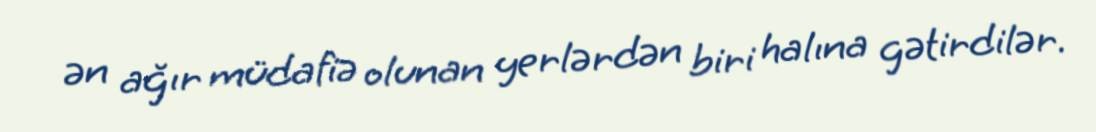
ən ağır müdafiə olunan yerlərdən biri halına gətirdilər.